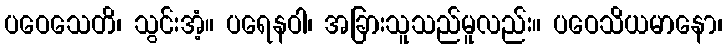
ပဝေသေတိ၊ သွင်းအံ့။ ပရေနဝါ၊ အခြားသူသည်မူလည်း။ ပဝေသိယမာနော၊